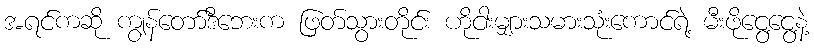
အရင်ကဆို ကျွန်တော်ဒီဘေးက ဖြတ်သွားတိုင်း ဟိုငါးမျှားသမားသုံးကောင်ရဲ့ မီးဖိုငွေ့ငွေ့နဲ့